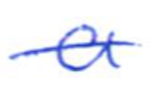
Text: a
Cross-out: single-line
Writing tool: ballpoint